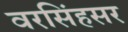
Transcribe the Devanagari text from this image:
वरसिंहसर